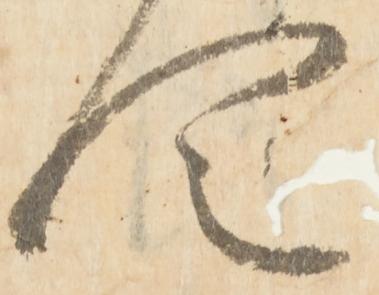
令